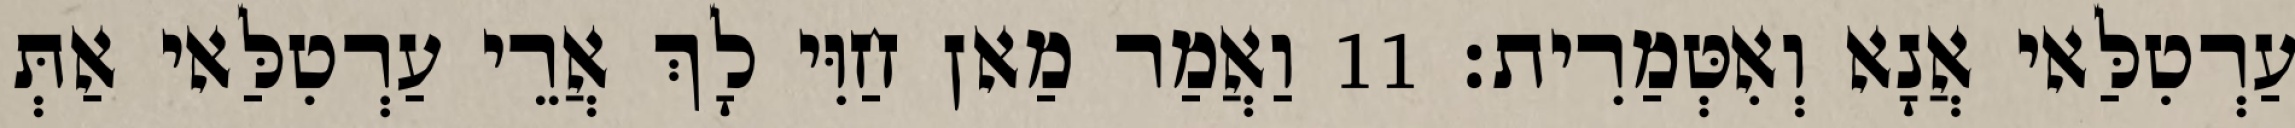
עַרְטִלַּאי אֲנָא וְאִטְּמַרִית׃ 11 וַאֲמַר מַאן חַוִּי לָךְ אֲרֵי עַרְטִלַּאי אַתְּ